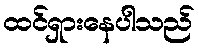
ထင်ရှားနေပါသည်